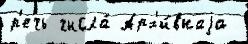
р'ечь числа́ Арх'и́внаjа